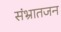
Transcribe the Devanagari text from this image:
संभ्रातजन